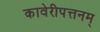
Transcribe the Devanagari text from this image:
कावेरीपत्तनम्